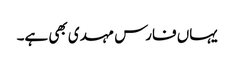
یہاں فارس مہدی بھی ہے۔